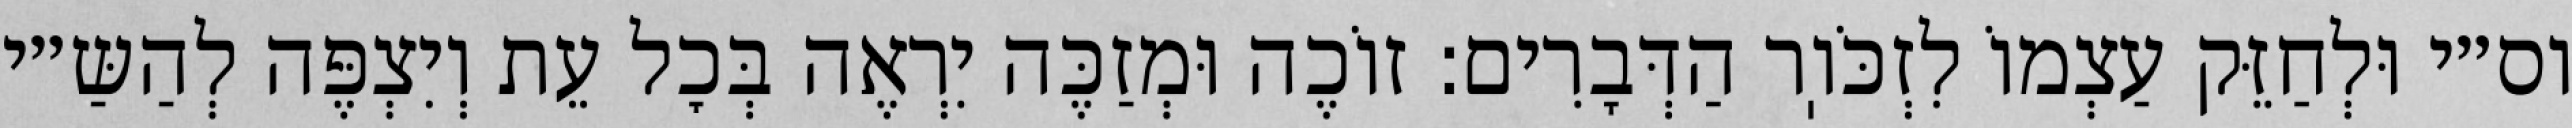
וס״י וּלְחַזֵּק עַצְמוֹ לִזְכֹּוֽר הַדְּבָרִים: זוֹכֶה וּמְזַכֶּה יִרְאֶה בְּכׇל עֵת וְיִצְפֶּה לְהַשַּ״י